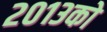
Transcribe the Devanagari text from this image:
२०१३को